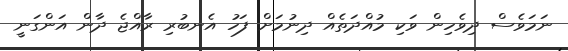
ނަމަވެސް ދިވެހިން ވަކި މުއްދަތެއް ދިނުމަށް ފަހު އެނބުރި ރާއްޖެ ދާން އަންގަނީ